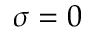
\sigma = 0